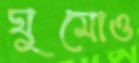
ঘুমোও